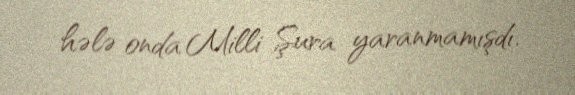
hələ onda Milli Şura yaranmamışdı.